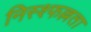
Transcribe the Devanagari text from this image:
निस्श्फल्लता